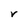
Character: r